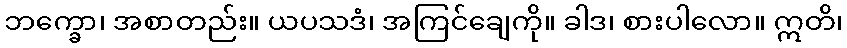
ဘက္ခော၊ အစာတည်း။ ယပသဒံ၊ အကြင်ချေကို။ ခါဒ၊ စားပါလော။ ဣတိ၊